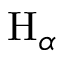
\mathrm { H } _ { \alpha }